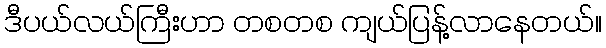
ဒီပယ်လယ်ကြီးဟာ တစတစ ကျယ်ပြန့်လာနေတယ်။